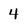
Character: 4